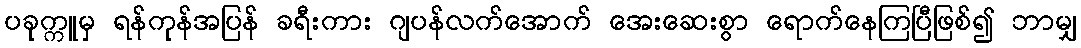
ပခုက္ကူမှ ရန်ကုန်အပြန် ခရီးကား ဂျပန်လက်အောက် အေးဆေးစွာ ရောက်နေကြပြီဖြစ်၍ ဘာမျှ